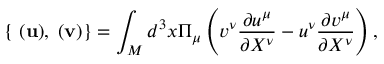
{ } \{ { \bf \Pi } ( { \bf u } ) , { \bf \Pi } ( { \bf v } ) \} = \int _ { M } d ^ { 3 } x \Pi _ { \mu } \left( v ^ { \nu } \frac { \partial u ^ { \mu } } { \partial X ^ { \nu } } - u ^ { \nu } \frac { \partial v ^ { \mu } } { \partial X ^ { \nu } } \right) ,